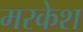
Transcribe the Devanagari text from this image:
मरकेश